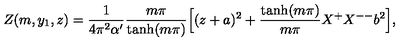
Z ( m , y _ { 1 } , z ) = \frac { 1 } { 4 \pi ^ { 2 } \alpha ^ { \prime } } \frac { m \pi } { \tanh ( m \pi ) } \Bigl [ ( z + a ) ^ { 2 } + \frac { \tanh ( m \pi ) } { m \pi } X ^ { + } X ^ { -- } b ^ { 2 } \Bigr ] ,